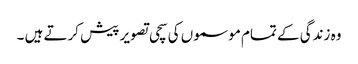
وہ زندگی کے تمام موسموں کی سچی تصویر پیش کرتے ہیں ۔